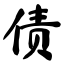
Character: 债